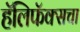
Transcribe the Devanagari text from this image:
हॅलिफॅक्सचा